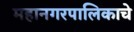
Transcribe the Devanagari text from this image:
महानगरपालिकाचे